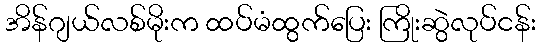
အိန်ဂျယ်လစ်မိုးက ထပ်မံထွက်ပြေး ကြိုးဆွဲလုပ်ငန်း